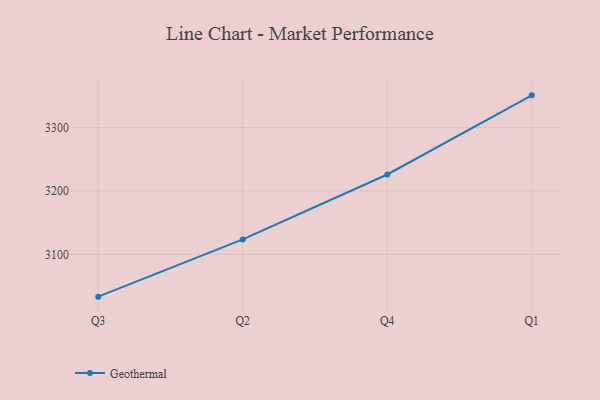
{"axis": {"x": "Quarter", "y": "Waste Production (Tons)"}, "legend": ["Geothermal"], "data": [{"x": "Q3", "y": 3033.5, "type": "Geothermal"}, {"x": "Q2", "y": 3123.7, "type": "Geothermal"}, {"x": "Q4", "y": 3226.1, "type": "Geothermal"}, {"x": "Q1", "y": 3350.9, "type": "Geothermal"}]}